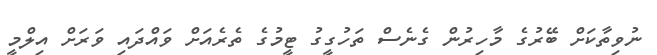
ނުވިތާކަށް ބޭރުގެ މާހިރުން ގެނެސް ތަހުގީގު ޓީމުގެ ތެރެއަށް ވައްދައި ވަރަށް އިލްމީ